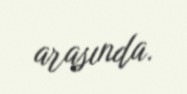
arasında.